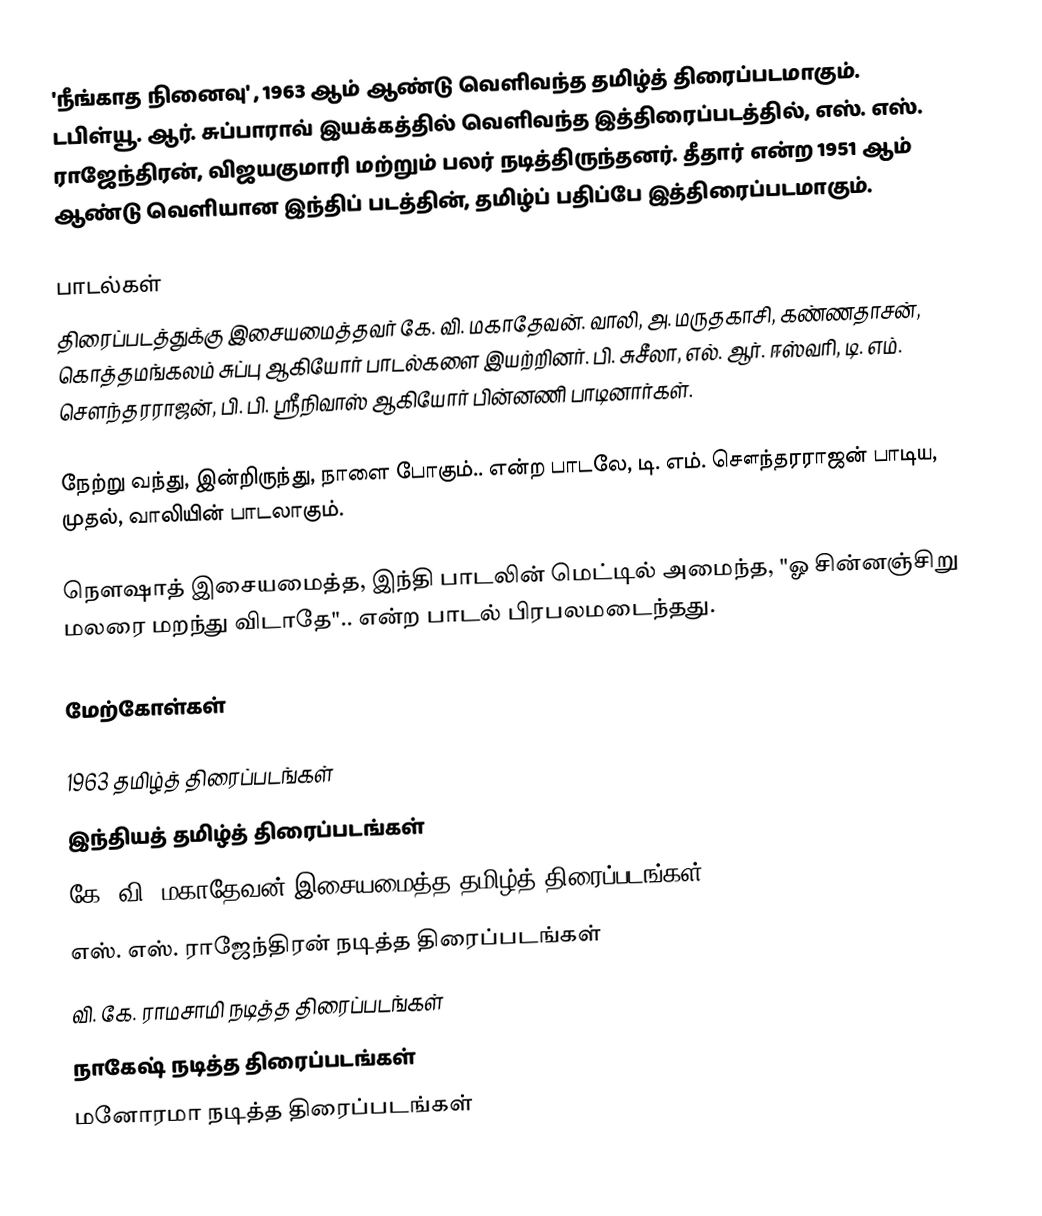
'நீங்காத நினைவு' , 1963 ஆம் ஆண்டு வெளிவந்த தமிழ்த் திரைப்படமாகும். டபிள்யூ. ஆர். சுப்பாராவ் இயக்கத்தில் வெளிவந்த இத்திரைப்படத்தில், எஸ். எஸ். ராஜேந்திரன், விஜயகுமாரி மற்றும் பலர் நடித்திருந்தனர். தீதார் என்ற 1951 ஆம் ஆண்டு வெளியான இந்திப் படத்தின், தமிழ்ப் பதிப்பே இத்திரைப்படமாகும்.

பாடல்கள்
திரைப்படத்துக்கு இசையமைத்தவர் கே. வி. மகாதேவன். வாலி, அ. மருதகாசி, கண்ணதாசன், கொத்தமங்கலம் சுப்பு ஆகியோர் பாடல்களை இயற்றினர். பி. சுசீலா, எல். ஆர். ஈஸ்வரி, டி. எம். சௌந்தரராஜன், பி. பி. ஸ்ரீநிவாஸ் ஆகியோர் பின்னணி பாடினார்கள்.

நேற்று வந்து, இன்றிருந்து, நாளை போகும்.. என்ற பாடலே, டி. எம். சௌந்தரராஜன் பாடிய, முதல், வாலியின் பாடலாகும்.

நௌஷாத் இசையமைத்த, இந்தி பாடலின் மெட்டில் அமைந்த, "ஓ சின்னஞ்சிறு மலரை மறந்து விடாதே".. என்ற பாடல் பிரபலமடைந்தது.

மேற்கோள்கள்

1963 தமிழ்த் திரைப்படங்கள்
இந்தியத் தமிழ்த் திரைப்படங்கள்
கே. வி. மகாதேவன் இசையமைத்த தமிழ்த் திரைப்படங்கள்
எஸ். எஸ். ராஜேந்திரன் நடித்த திரைப்படங்கள்
வி. கே. ராமசாமி நடித்த திரைப்படங்கள்
நாகேஷ் நடித்த திரைப்படங்கள்
மனோரமா நடித்த திரைப்படங்கள்